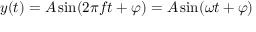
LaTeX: y ( t ) = A \sin ( 2 \pi f t + \varphi ) = A \sin ( \omega t + \varphi )